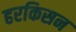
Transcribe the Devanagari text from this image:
हरकिसन